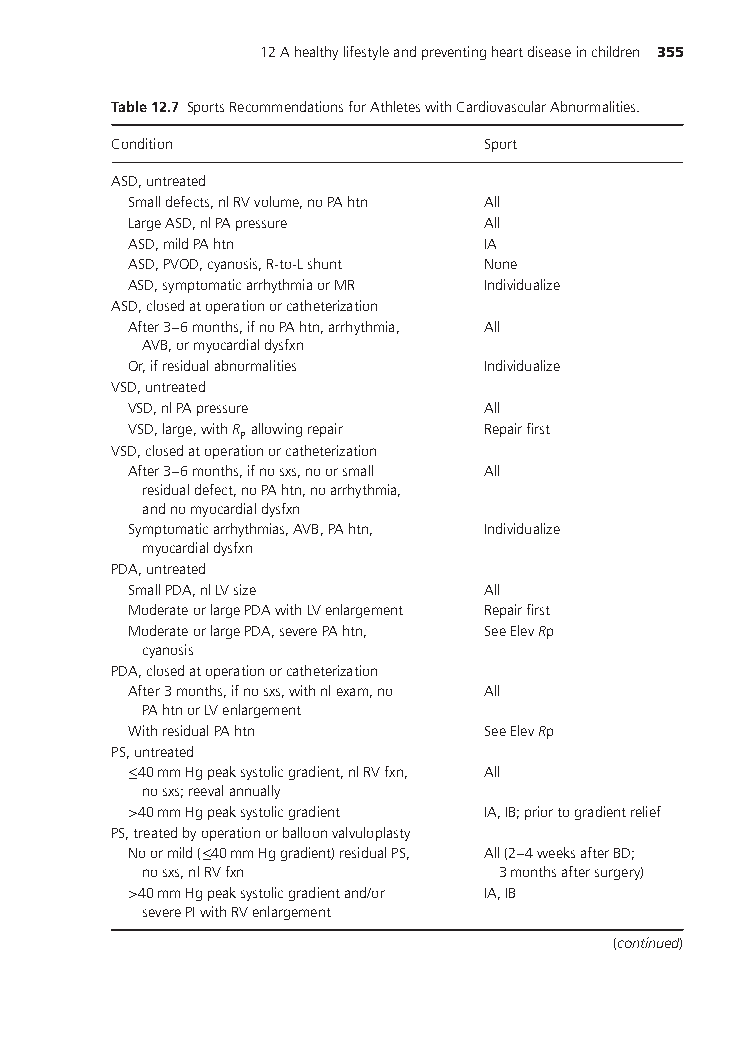
12Ahealthylifestyleandpreventingheartdiseaseinchildren 355
 Table12.7 SportsRecommendationsforAthleteswithCardiovascularAbnormalities.
 Condition               Sport
 ASD,untreated
 Smalldefects,nlRVvolume,noPAhtn All
 LargeASD,nlPApressure  All
 ASD,mildPAhtn          IA
 ASD,PVOD,cyanosis,R-to-Lshunt None
 ASD,symptomaticarrhythmiaorMR Individualize
 ASD,closedatoperationorcatheterization
 After3–6months,ifnoPAhtn,arrhythmia, All
 AVB,ormyocardialdysfxn
 Or,ifresidualabnormalities Individualize
 VSD,untreated
 VSD,nlPApressure       All
 VSD,large,withR allowingrepair Repairfirst
 P
 VSD,closedatoperationorcatheterization
 After3–6months,ifnosxs,noorsmall All
 residualdefect,noPAhtn,noarrhythmia,
 andnomyocardialdysfxn
 Symptomaticarrhythmias,AVB,PAhtn, Individualize
 myocardialdysfxn
 PDA,untreated
 SmallPDA,nlLVsize      All
 ModerateorlargePDAwithLVenlargement Repairfirst
 ModerateorlargePDA,severePAhtn, SeeElevRp
 cyanosis
 PDA,closedatoperationorcatheterization
 After3months,ifnosxs,withnlexam,no All
 PAhtnorLVenlargement
 WithresidualPAhtn      SeeElevRp
 PS,untreated
 ≤40mmHgpeaksystolicgradient,nlRVfxn, All
 nosxs;reevalannually
 >40mmHgpeaksystolicgradient IA,IB;priortogradientrelief
 PS,treatedbyoperationorballoonvalvuloplasty
 Noormild(≤40mmHggradient)residualPS, All(2–4weeksafterBD;
 nosxs,nlRVfxn          3monthsaftersurgery)
 >40mmHgpeaksystolicgradientand/or IA,IB
 severePIwithRVenlargement
 (continued)